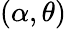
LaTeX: \left(\alpha,\theta\right)